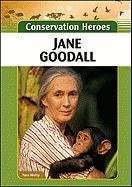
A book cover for Jane Goodall (Conservation Heroes); Tara Welty; Teen & Young Adult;